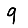
Digit: 9